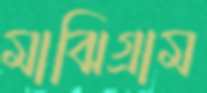
মাঝিগ্রাম